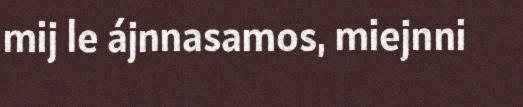
mij le ájnnasamos, miejnni